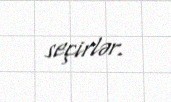
seçirlər.